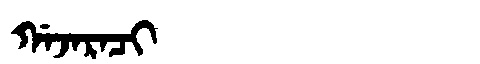
Manchu: ᡤᠠᠵᠠᡵᠠᠴᡳ
Romanization: GAJARACI